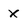
Character: X